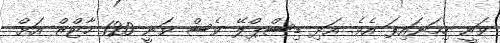
ވަނީ ހިމަނައިފަ އެވެ. އަދި ޑިސްޕްލޭ ވެސް ވަނީ 120 ހާޓްޒް އަށް